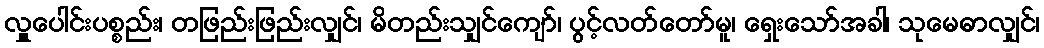
လှူပေါင်းပစ္စည်း၊ တဖြည်းဖြည်းလျှင်၊ မိတည်းသျှင်ကျော်၊ ပွင့်လတ်တော်မူ၊ ရှေးသော်အခါ၊ သုမေဓာလျှင်၊